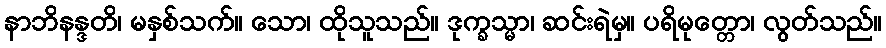
နာဘိနန္ဒတိ၊ မနှစ်သက်။ သော၊ ထိုသူသည်။ ဒုက္ခသ္မာ၊ ဆင်းရဲမှ။ ပရိမုတ္တော၊ လွတ်သည်။